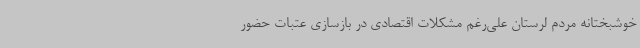
خوشبختانه مردم لرستان علی‌رغم مشکلات اقتصادی در بازسازی عتبات حضور